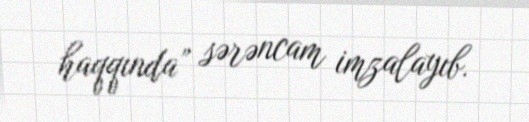
haqqında” sərəncam imzalayıb.